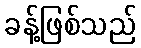
ခန့်ဖြစ်သည်